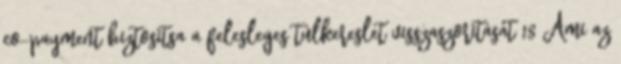
co-payment biztositsa a felesleges túlkereslet visszaszoritását 18 Ami az